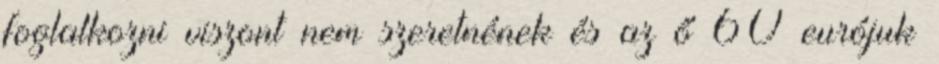
foglalkozni viszont nem szeretnének és az ő 60 eurójuk